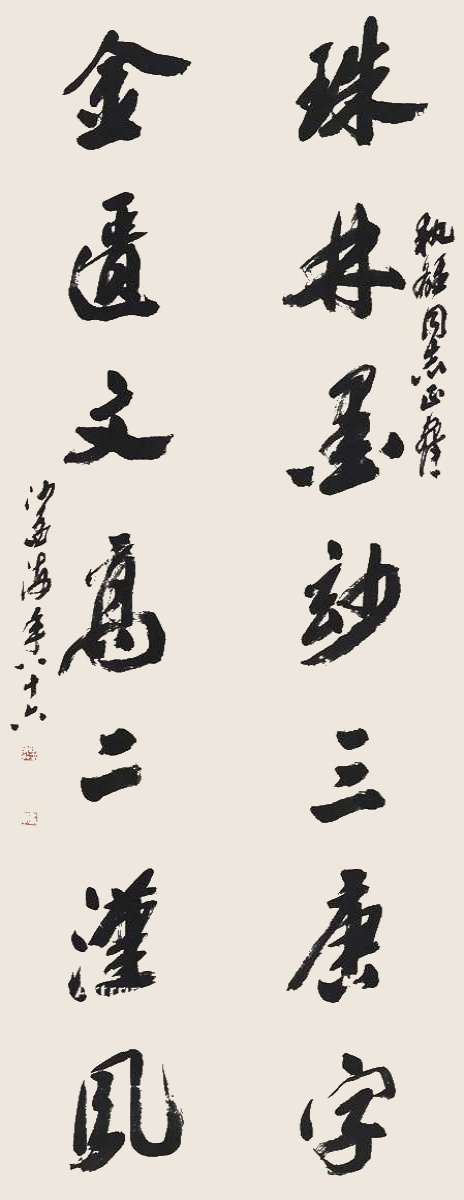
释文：珠林墨妙三唐字，金匮文高二汉风。执雄同志正腕，沙孟海年八十六。